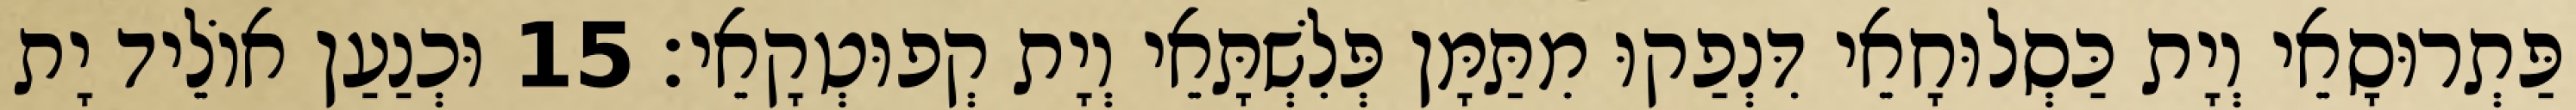
פַּתְרוּסָאֵי וְיָת כַּסְלוּחָאֵי דִּנְפַקוּ מִתַּמָּן פְּלִשְׁתָּאֵי וְיָת קְפוּטְקָאֵי׃ 15 וּכְנַעַן אוֹלֵיד יָת